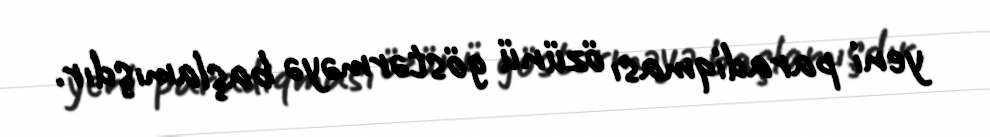
yeni paradiqması özünü göstərməyə başlamışdır.